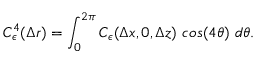
C _ { \epsilon } ^ { 4 } ( \Delta r ) = \int _ { 0 } ^ { 2 \pi } C _ { \epsilon } ( \Delta x , 0 , \Delta z ) ~ c o s ( 4 \theta ) ~ d \theta .